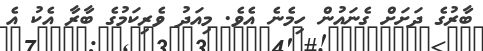
ބާރުގެ ދަށަށް ގެނައުން ހިމެނެ އެވެ. މިއަދު ވެރިކަމުގެ ބާރާ އެކު އެ